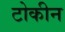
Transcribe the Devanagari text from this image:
टोकीन